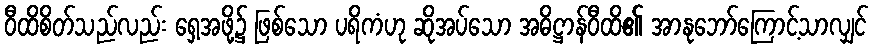
ဝီထိစိတ်သည်လည်း ရှေ့အဖို့၌ ဖြစ်သော ပရိကံဟု ဆိုအပ်သော အဓိဋ္ဌာန်ဝီထိ၏ အာနုဘော်ကြောင့်သာလျှင်